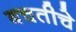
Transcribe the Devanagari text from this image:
बचतीचे